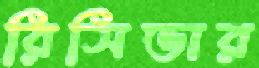
রিসিভার